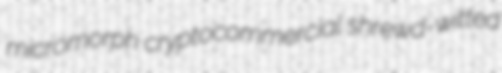
micromorph cryptocommercial shrewd-witted